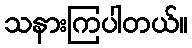
သနားကြပါတယ်။